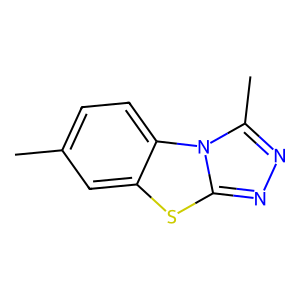
SMILES: Cc1ccc2c(c1)sc1nnc(C)n12
Inhibits HIV replication: No